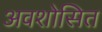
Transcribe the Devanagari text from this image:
अवशोसित